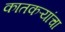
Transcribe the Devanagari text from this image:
कातकऱ्यांचा